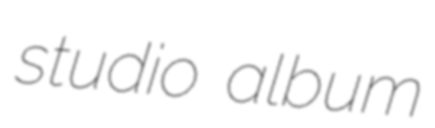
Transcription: studio album